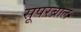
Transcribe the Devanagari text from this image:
सूपरब्राल